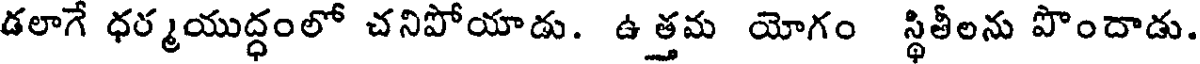
డలాగే ధర్మయుద్ధంలో చనిపోయాడు. ఉత్తమ యోగం స్థితీలను పొందాడు.